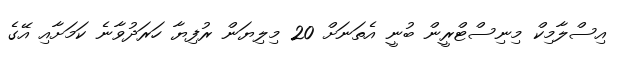
އިސްލާމިކް މިނިސްޓްރީން ބުނީ އެތަނަށް 20 މިލިޔަން ރުފިޔާ ހަރަދުވާނެ ކަމަށާއި އޭގެ